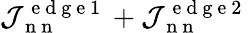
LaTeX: \mathcal{J}_{\mathrm{~n~n~}}^{\mathrm{~e~d~g~e~1~}}+\mathcal{J}_{\mathrm{~n~n~}}^{\mathrm{~e~d~g~e~2~}}